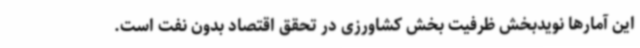
این آمارها نویدبخش ظرفیت بخش کشاورزی در تحقق اقتصاد بدون نفت است.